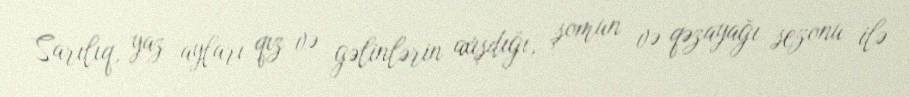
Sarılıq, yaz ayları qız və gəlinlərin axışdığı, şomun və qəzayağı sezonu ilə